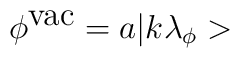
\phi ^{\textrm{vac}}=a|k\lambda _{\phi }>